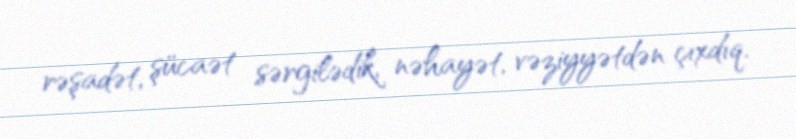
rəşadət, şücaət sərgilədik, nəhayət, vəziyyətdən çıxdıq.